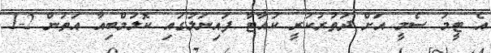
އެ ޓީމު ސެމީ އަށް ދަތުރުކުރީ ކުއާޓާ ފައިނަލުގައި ކޮލަމްބިއާ އަތުން 2-1